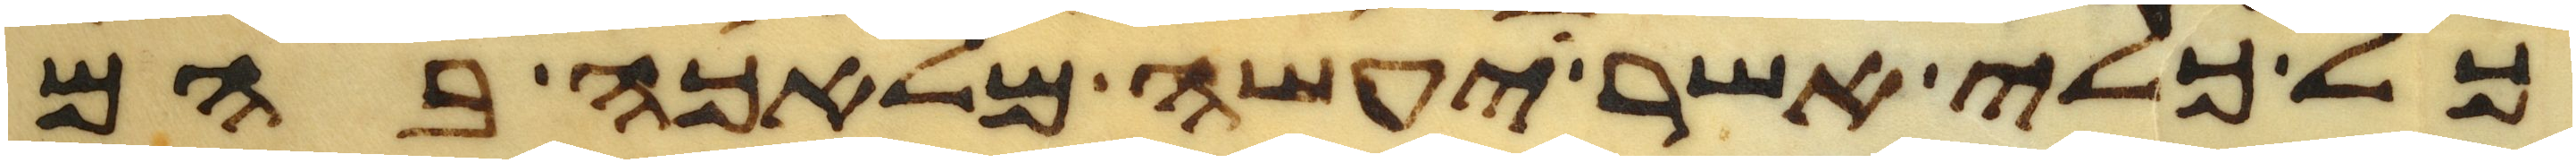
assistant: כל כלי אשר יעשה מלאכה בהם